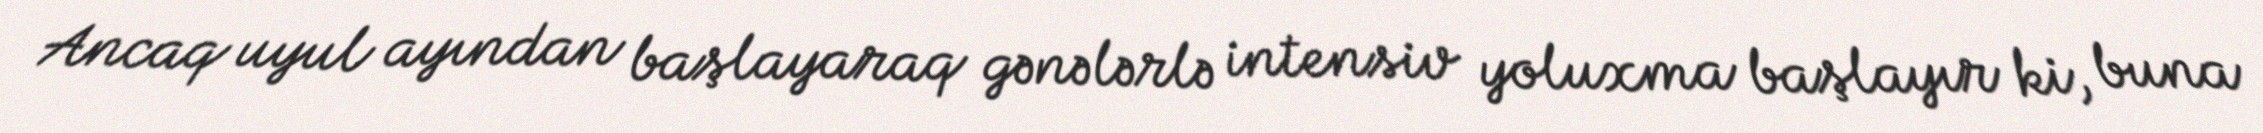
Ancaq uyul ayından başlayaraq gənələrlə intensiv yoluxma başlayır ki, buna